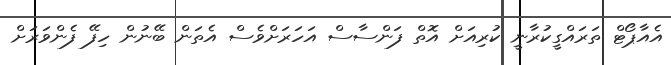
އެއާޕޯޓް ތަރައްގީކުރާނީ ކުރިއަށް އޮތް ފަންސާސް އަހަރަށްވެސް އެތަން ބޭނުން ހިފޭ ފެންވަރަށް